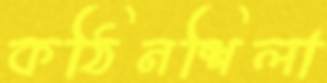
কঠিনশিলা